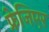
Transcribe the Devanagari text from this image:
फ्रेजिएर